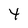
Character: y